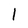
Character: 1